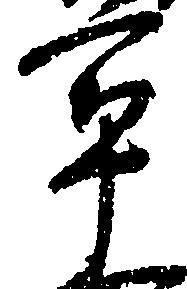
軍